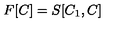
F [ C ] = S [ C _ { 1 } , C ]